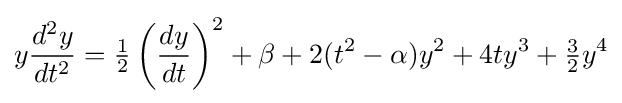
y{\frac {d^{2}y}{dt^{2}}}={\tfrac {1}{2}}\left({\frac {dy}{dt}}\right)^{2}+\beta +2(t^{2}-\alpha )y^{2}+4ty^{3}+{\tfrac {3}{2}}y^{4}